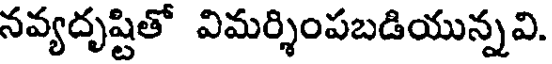
నవ్యదృష్టితో విమర్శింపబడియున్నవి.